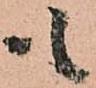
も